Plague in India, 1896, 1897 - Volume 3
Year: 1896
Disease focus: Plague
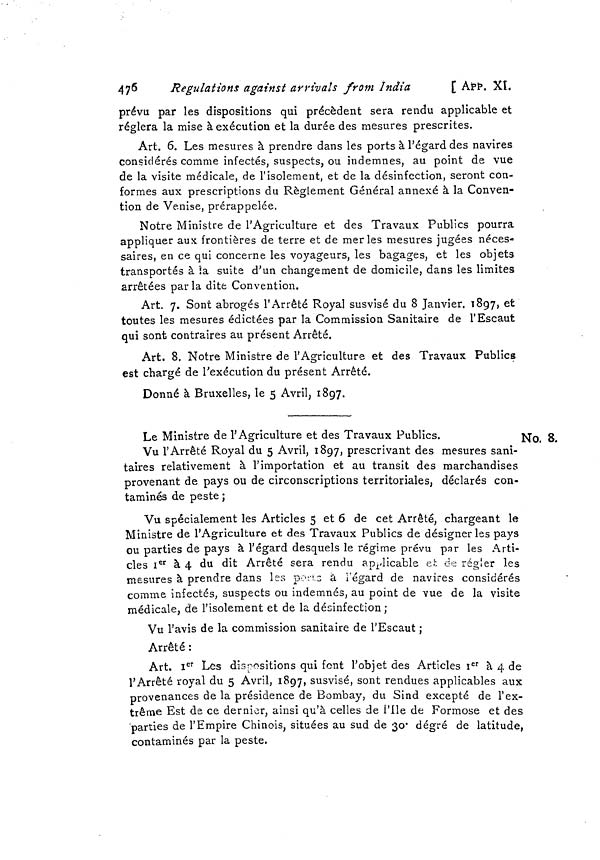
476
Regulations against arrivals from India
[ App. XI.
prévu par les dispositions qui précèdent sera rendu applicable et
réglera la mise à exécution et la durée des mesures prescrites.
Art. 6. Les mesures à prendre dans les ports à l'égard des navires
considérés comme infectés, suspects, ou indemnes, au point de vue
de la visite médicale, de l'isolement, et de la désinfection, seront con-
formes aux prescriptions du Règlement Général annexé à la Conven-
tion de Venise, prérappelée.
Notre Ministre de l'Agriculture et des Travaux Publics pourra
appliquer aux frontières de terre et de merles mesures jugées néces-
saires, en ce qui concerne les voyageurs, les bagages, et les objets
transportés à la suite d'un changement de domicile, dans les limites
arrêtées par la dite Convention.
Art. 7. Sont abrogés l'Arrêté Royal susvisé du 8 Janvier. 1897, et
toutes les mesures édictées par la Commission Sanitaire de l'Escaut
qui sont contraires au présent Arrêté.
Art. 8. Notre Ministre de l'Agriculture et des Travaux Publics
est chargé de l'exécution du présent Arrêté.
Donné à Bruxelles, le 5 Avril, 1897.
No. 8.
Le Ministre de l'Agriculture et des Travaux Publics.
Vu l'Arrêté Royal du 5 Avril, 1897, prescrivant des mesures sani-
taires relativement à l'importation et au transit des marchandises
provenant de pays ou de circonscriptions territoriales, déclarés con-
taminés de peste ;
Vu spécialement les Articles 5 et 6 de cet Arrêté, chargeant le
Ministre de l'Agriculture et des Travaux Publics de désigner les pays
ou parties de pays à l'égard desquels le régime prévu par les Arti-
cles I er à 4 du dit Arrêté sera rendu applicable et de régler les
mesures à prendre dans les poets ä l'égard de navires considérés
comme infectés, suspects ou indemnes, au point de vue de la visite
médicale, de l'isolement et de la désinfection ;
Vu l'avis de la commission sanitaire de l'Escaut ;
Arrêté :
Art. I er Les dispositions qui font l'objet des Articles I er à 4 de
l'Arrêté royal du 5 Avril, 1897, susvisé, sont rendues applicables aux
provenances de la présidence de Bombay, du Sind excepté de l'ex-
trême Est de ce dernier, ainsi qu'à celles de l'Ile de Formóse et des
parties de l'Empire Chinois, situées au sud de 30º degré de latitude,
contaminés par la peste.